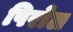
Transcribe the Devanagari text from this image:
पिरोल